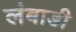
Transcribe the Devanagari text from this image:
लंबाडी